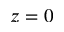
z = 0